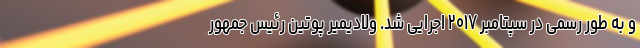
و به طور رسمی در سپتامبر ۲۰۱۷ اجرایی شد. ولادیمیر پوتین رئیس جمهور